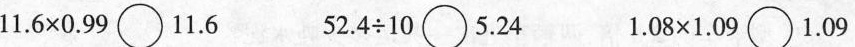
$$11.6 \times 0.99$$ \bigcirc $$11.6$$ $$52.4 \div 10$$ \bigcirc $$5.24$$ $$1.08 \times 1.09$$ \bigcirc $$1.09$$